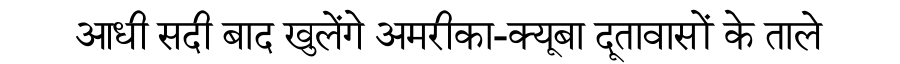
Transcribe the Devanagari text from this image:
आधी सदी बाद खुलेंगे अमरीका-क्यूबा दूतावासों के ताले